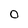
Character: 0